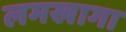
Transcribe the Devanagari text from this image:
लमखागा